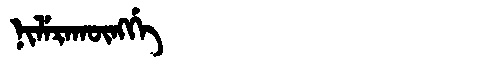
Manchu: ᠨᡳᠯᡝᡵᠠᡴᡡᠩᡤᡝ
Romanization: NILERAKŪNGGE